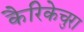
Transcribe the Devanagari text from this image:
कैरिकेचुरा